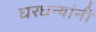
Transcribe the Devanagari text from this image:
घरधन्यांनी